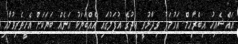
އައްޝެއިހު އިބްރާހިމް އަހުމަދު ވިދާޅުވީ އީދުގެ އުފަލުގައި އެއްބަޔަކު އަނެއް ބަޔަކަށް އެހީތެރިވުމާއި